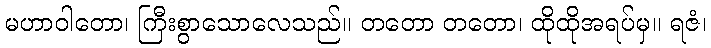
မဟာဝါတော၊ ကြီးစွာသောလေသည်။ တတော တတော၊ ထိုထိုအရပ်မှ။ ရဇံ၊